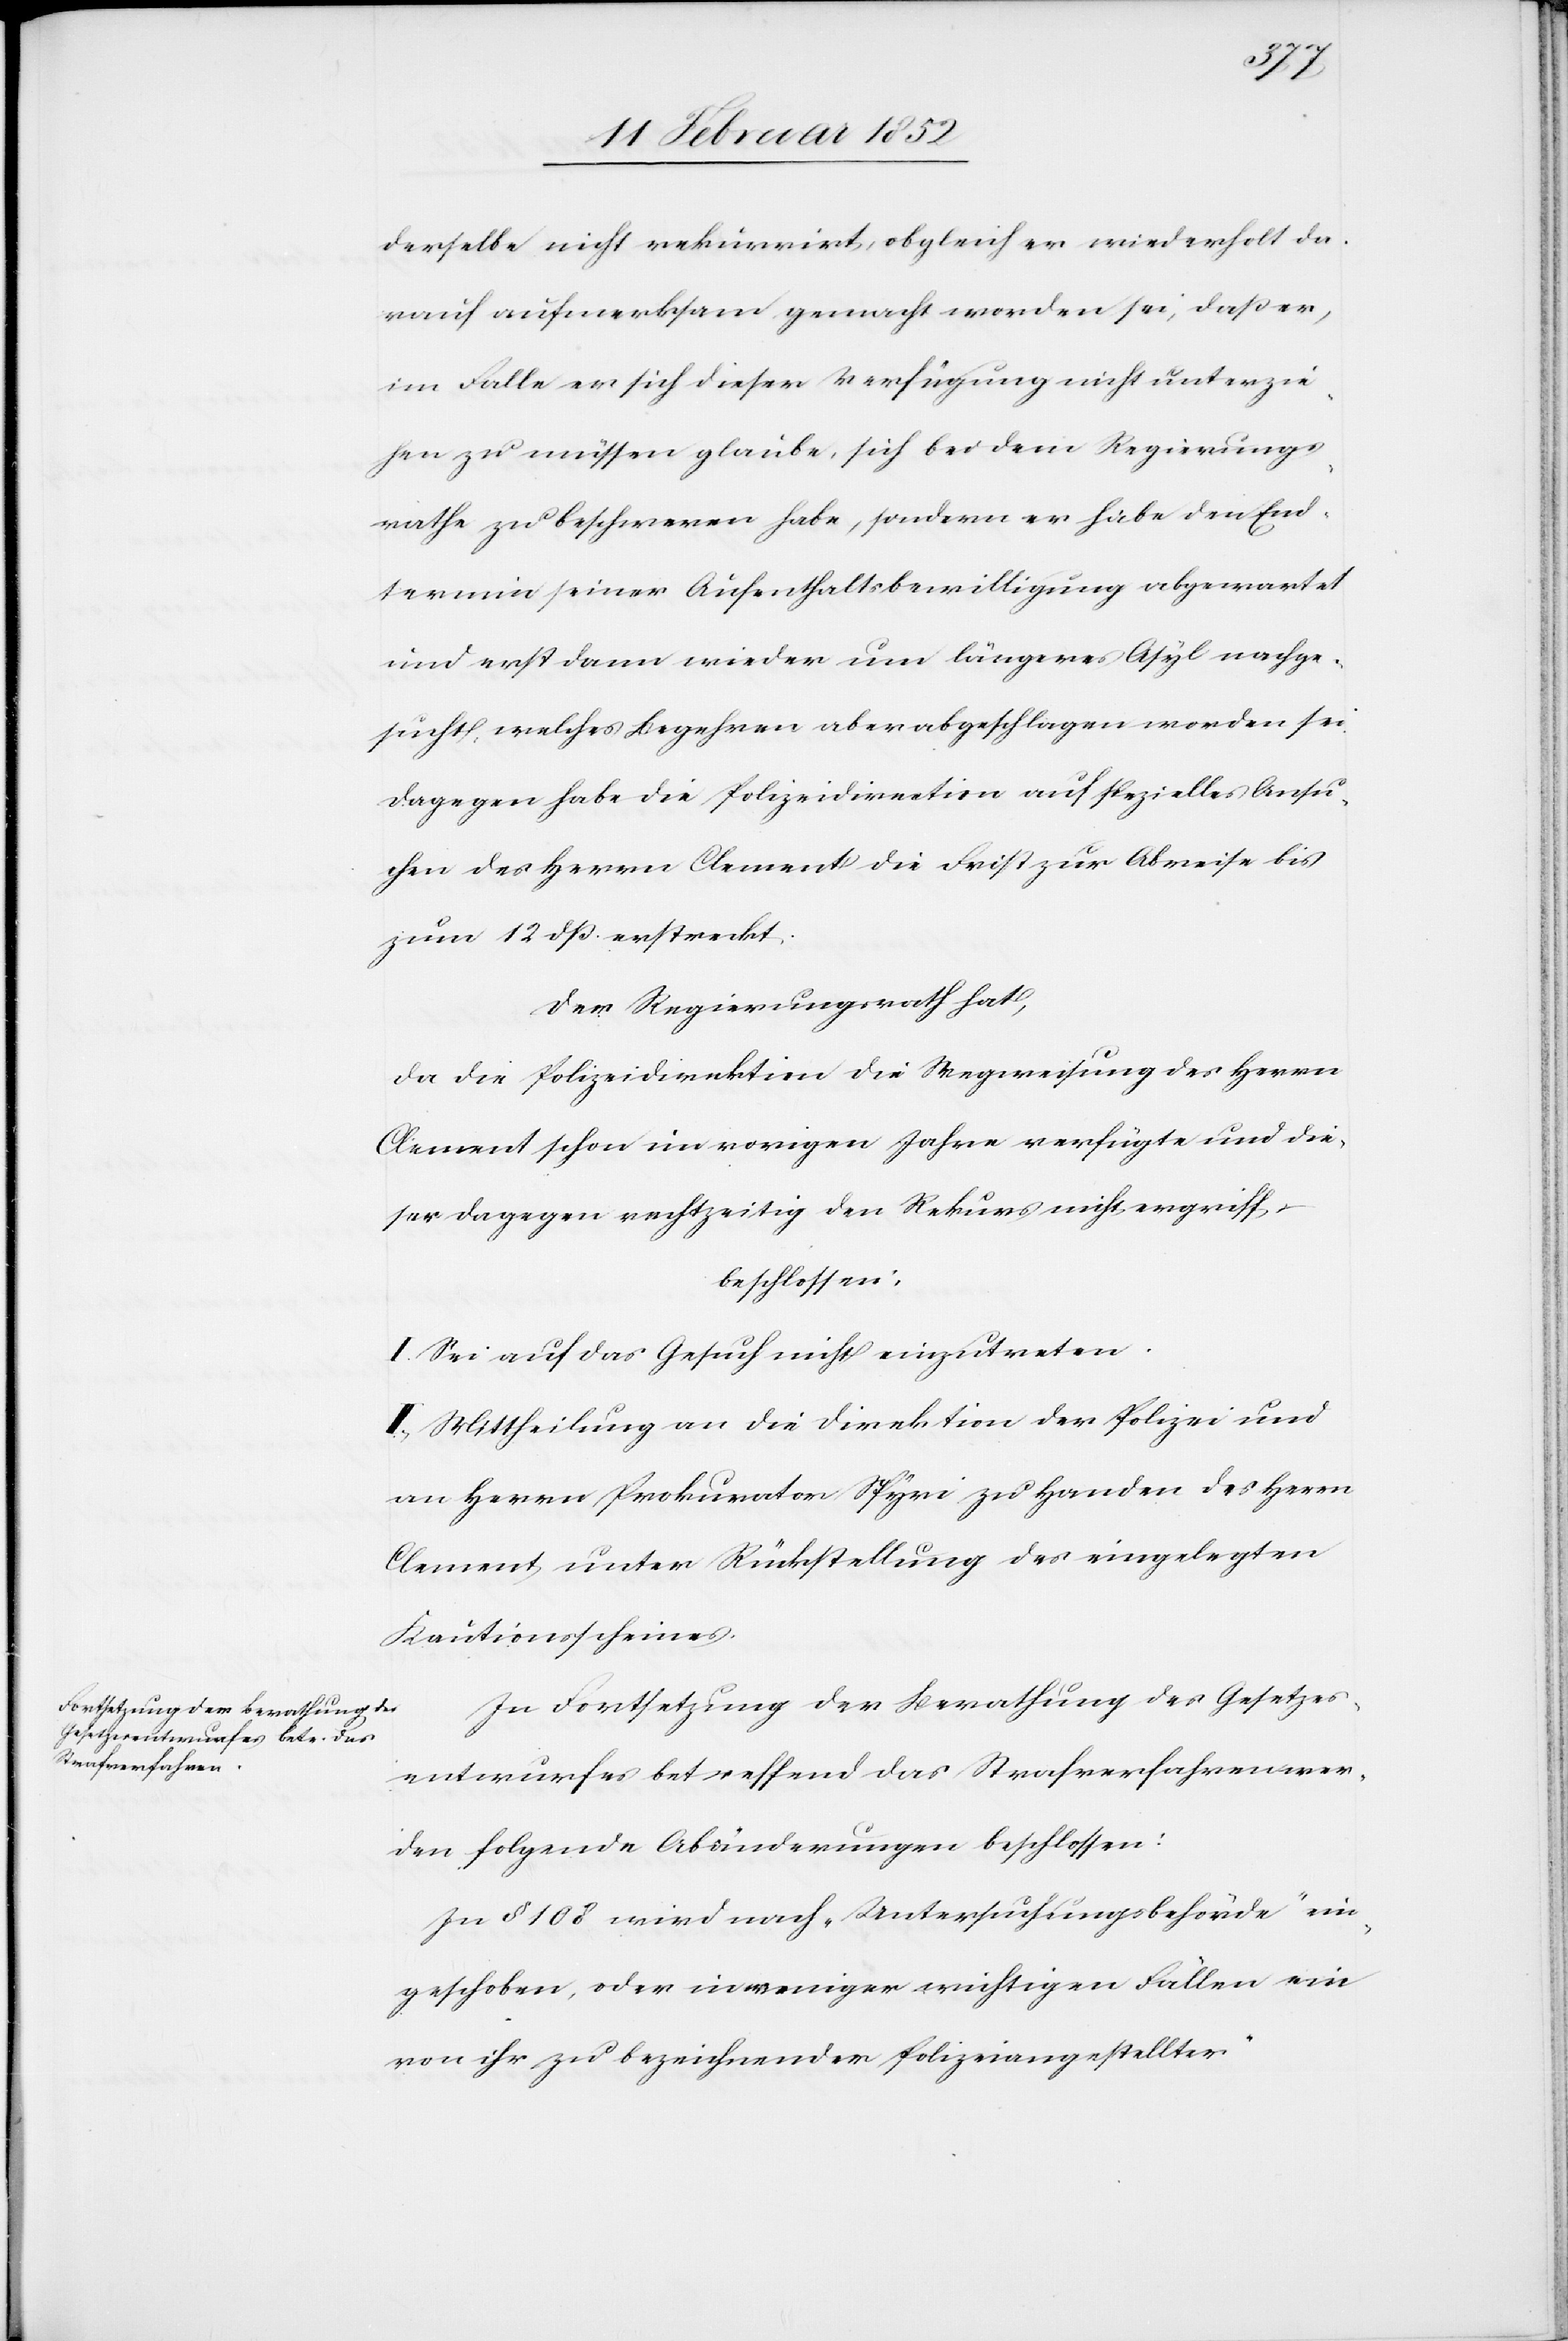
derselbe nicht rekurrirt, obgleich er wiederholt da¬
rauf aufmerksam gemacht worden sei, daß er,
im Falle er sich dieser Verfügung nicht unterzie¬
hen zu müssen glaube, sich bei dem Regierungs¬
rathe zu beschweren habe, sondern er habe den End¬
termin seiner Aufenthaltsbewilligung abgewartet
und erst dann wieder um längeres Asyl nachge¬
sucht, welches Begehren aber abgeschlagen worden sei.
Dagegen habe die Polizeidirection auf spezielles Ansu¬
chen des Herrn Clement die Frist zur Abreise bis
zum 12 dß erstreckt.
Der Regierungsrath hat,
da die Polizeidirektion die Wegweisung des Herrn
Clement schon im vorigen Jahre verfügte und die¬
ser dagegen rechtzeitig den Rekurs nicht ergriff,
beschlossen:
I. Sei auf das Gesuch nicht einzutreten.
II.) Mittheilung an die Direktion der Polizei und
an Herrn Prokurator Spyri zu Handen des Herrn
Clement unter Rückstellung des eingelegten
Kautionsscheines.
In Fortsetzung der Berathung des Gesetzes¬
entwurfes betreffend das Strafverfahren wer¬
den folgende Abänderungen beschlossen:
In § 108 wird nach „Untersuchungsbehörde“ ein¬
geschoben, [„]oder in weniger wichtigen Fällen ein
von ihr zu bezeichnender Polizeiangestellter“.